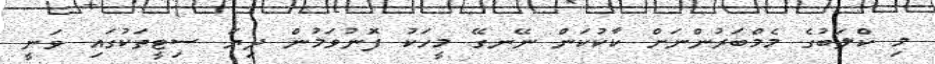
މި ކްލަބުގެ މެމްބަރުންނަށް ކާކުކަން ނޭނގޭ މީހަކު ފޮނުވަމުން ދިޔަ ސިޓީތަކުގައި ވަނީ